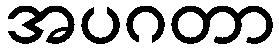
အပဂတာ